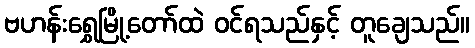
ဗဟန်းရွှေမြို့တော်ထဲ ဝင်ရသည်နှင့် တူချေသည်။